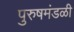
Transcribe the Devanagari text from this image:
पुरुषमंडळी